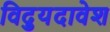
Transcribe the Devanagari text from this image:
विद्युदावेश